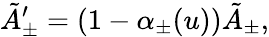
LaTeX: \tilde{A}_{\pm}^{\prime}=(1-\alpha_{\pm}(u))\tilde{A}_{\pm},